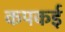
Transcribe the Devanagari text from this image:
कपकई